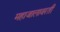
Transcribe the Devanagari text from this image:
महाजालावरती